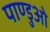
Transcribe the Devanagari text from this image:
पाण्डुओ